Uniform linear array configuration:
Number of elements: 4
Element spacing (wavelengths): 1
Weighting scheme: blackman
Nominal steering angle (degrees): -60
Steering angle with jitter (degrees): -58.455
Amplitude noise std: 0.05
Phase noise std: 0.05

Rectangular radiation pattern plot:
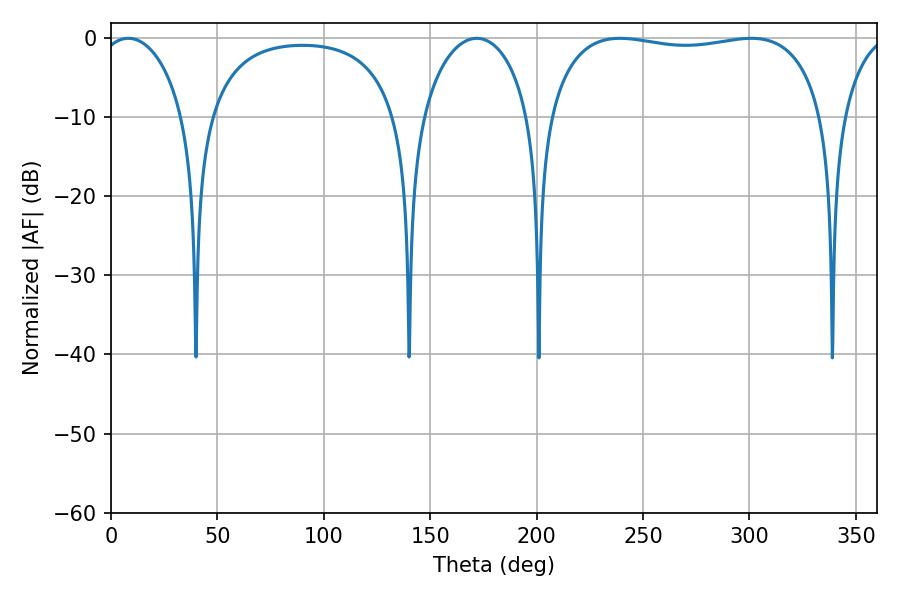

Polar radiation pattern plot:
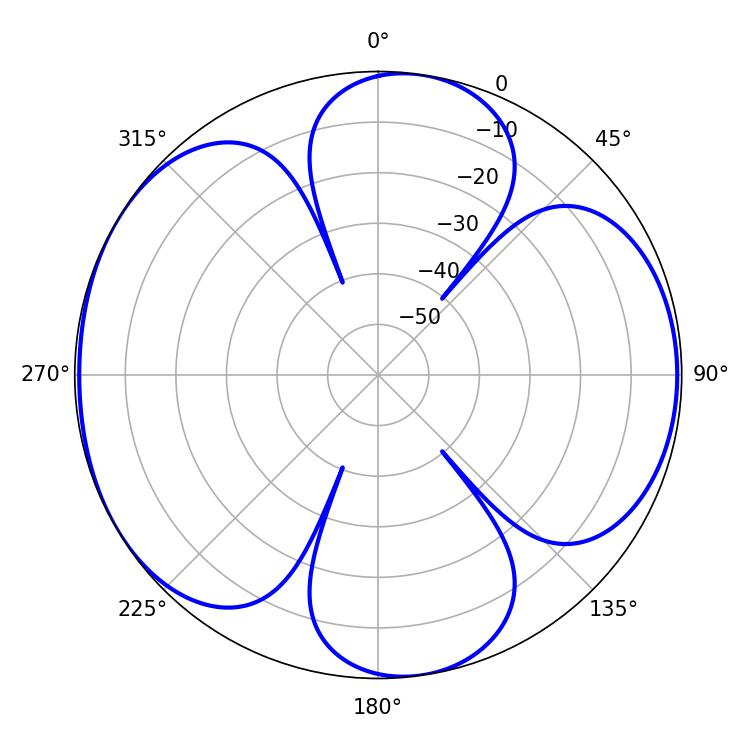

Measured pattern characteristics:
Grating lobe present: TRUE
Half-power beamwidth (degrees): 23.04
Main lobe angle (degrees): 8.1